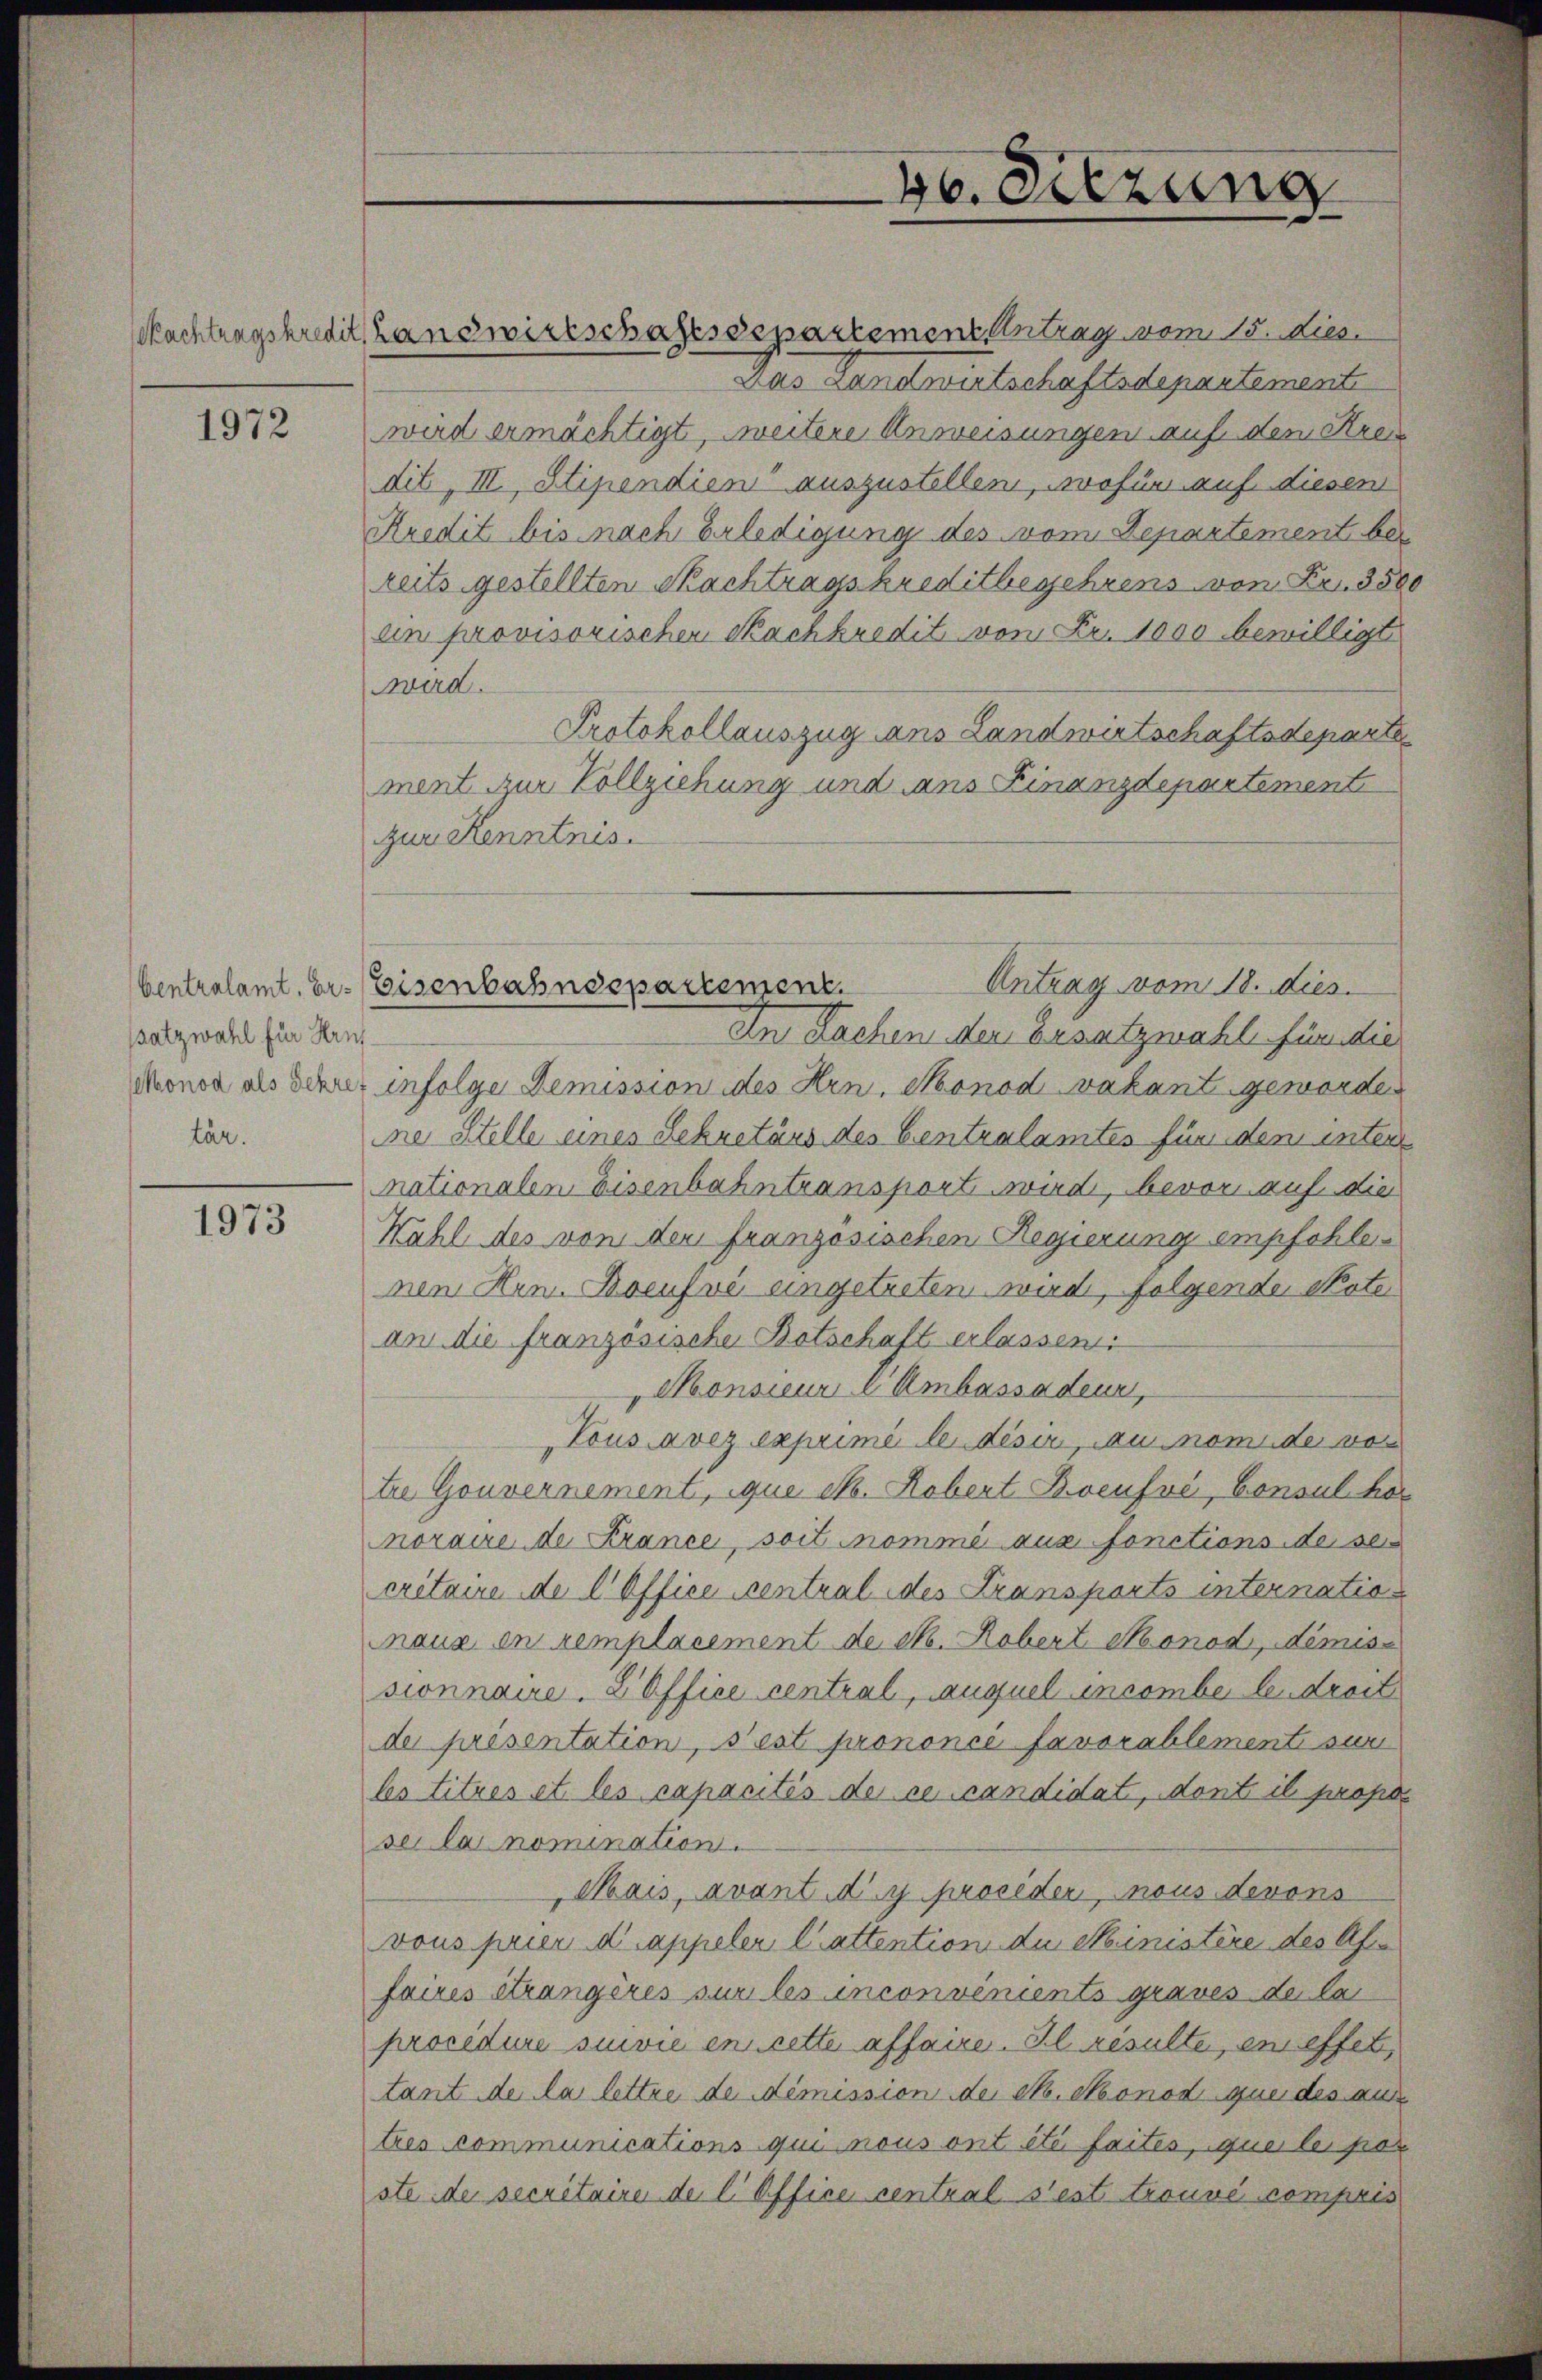
1972

ssatzwahl für Hrn
sekonod als Sekre
tär.

1973

46. Sitzung

Nachtungskredit, Landwirtschaftsdepartement Antrag vom 15. dies
Das Landwirtschaftsdepartement
wird ermächtigt, weitere Anweisungen auf den Krei
dit, III. Stipendien auszustellen, wofür auf diesen
Kredit bis nach Erledigung des vom Departement bei
reits gestellten Sachtragskreditbegehrens von Fr. 3500
ein provisorischen Sachkredit vom Fr. 1000 bewilligt
wird.
Protokollauszug aus Landwirtschaftsdeparte
ment zur Vollziehung und aus Finanzdepartement
zur Kenntnis.
An Sachen der Ersatzmahl für die
infolge Demission des Hrn. Nonod vakant geworden
ne Stelle eines Sekretärs des Centralamtes für den inten
nationalen Eisenbahntransport wird, bevor auf die
Wahl des von der französischen Regierung empfohlenen Hrn. Boeufvi eingetreten wird, folgende Pater
von die französische Botschaft erlassen:
Monsieur E Ambassadeur,
Tous avez exprimi le désir, au nomi der vor
tee Gouvernement, que M. Robert Bocusvé, Consul has
noraire de France, soit nommé aux fonctions der se
critaire de l Office Central des Fransports internatio
naux en remplacement de s. Robert Monodi, dimis-
sionnaire. 2 Office central, auquel incombe le droit
der présentation, s’est prononcé favorablement sur
les titres et les capacités der ce candidat, dont il propos
sei la nomination.
Mais, avant d’y prosider, nous devons
vous prier di appeler Cattention de Ministère des Affaires étrangères sur les inconvenients graves de la
procédure suivie en cette affaire. Il resulte, en effet,
tant der la lettre de dimission der St. Monod que des auf
tres communications qui nous ont été faites, que le por
ste de secretaire de l. Office central s’est trouvé compris

Antrag vom 18. dies
Centralamt. Er. Eisenbahndepartement.